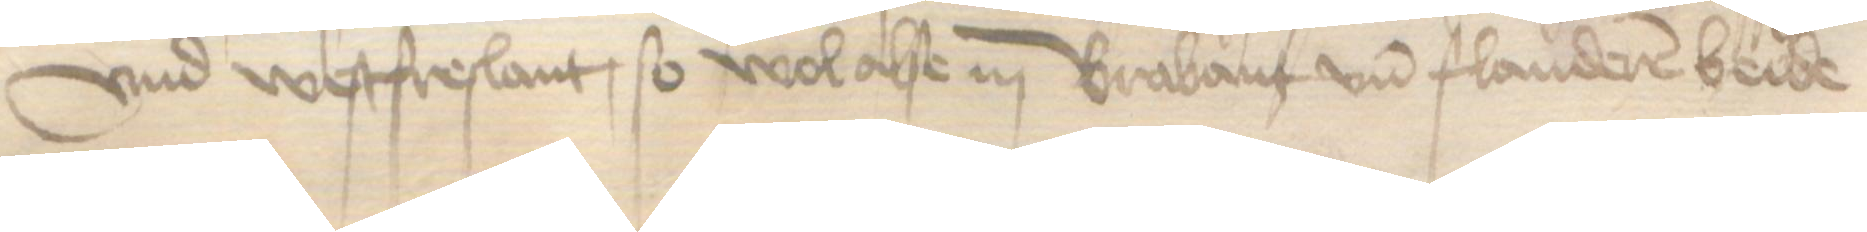
vnd Westfreslant, so wol alse in Brabant und Flanderen beide